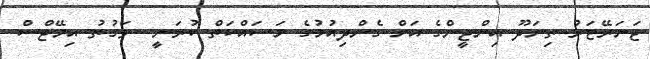
ޖަނަރޭޓަރު ތިނަދޫ އިންޖީންގެ އަށް ގެންދިއުމުގެ މަސައްކަތް ކުރަނީ  ވަގުތު އިމޭޖްސް